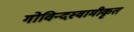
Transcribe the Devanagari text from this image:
गोविन्दस्वामीकृत